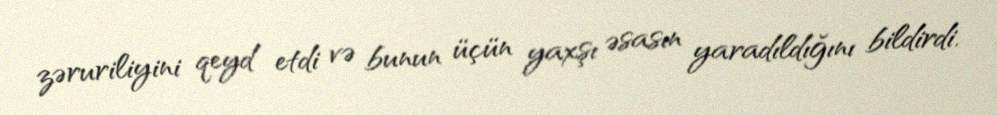
zəruriliyini qeyd etdi və bunun üçün yaxşı əsasın yaradıldığını bildirdi.